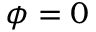
\phi = 0